Report on the cholera epidemic of
Year: 1868
Disease focus: Cholera
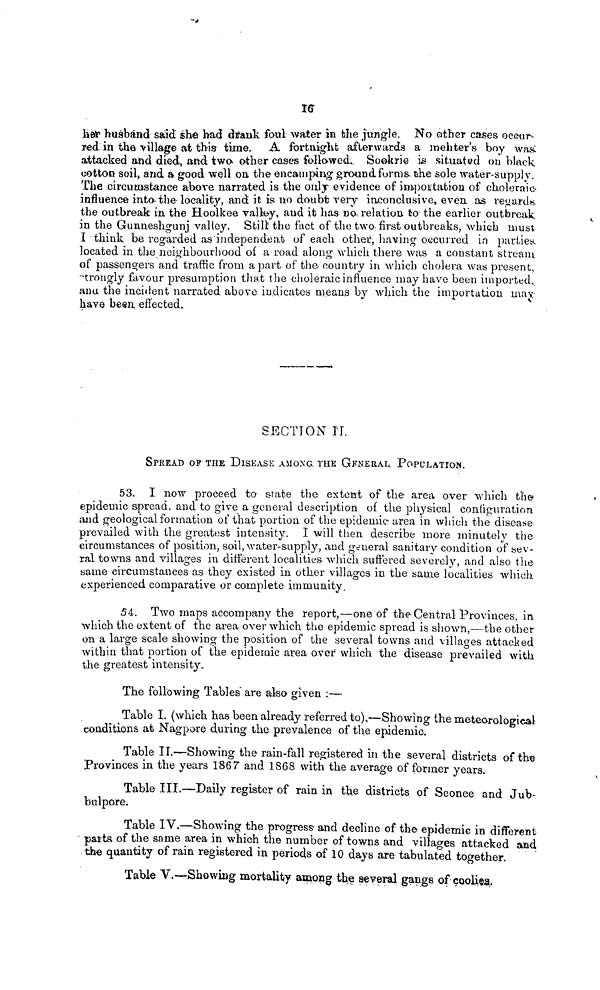
16
her husband said she had drank foul water in the jungle. No other cases ocemr-
red in the village at this time. A fortnight afterwards a melter's boy was
attacked and died, anf two other cases followed. Sookrie is situated on black
cotton, soil, and a good well on the encamping ground forms the sole water-supply.
The circumstance above narrated is the only evidence of importation of choleraic.
influence into the locality, and it is no doubt very inconclusive, even as regards
the outbreak in the Hoolkee valley, and it has no. relation to the earlier outbreak
in the Gunneshgunj valley. Stilt the fact of the two. first outbreaks, which must
I think be regarded as independent of each other, having occurred in parlies,
located in the neighbourhood of a road along which there was a constant stream
of passengers and traffic from a part of the country in which cholera was present,
strongly favour presumption that the choleraic influence may have been imported.
and the incident narrated above indicates means by which the importation may
have been effected.
SECTION II.
SPREAD OF THE DISEASE AMONG. THE GFNERAL population.
53. I now proceed to state the extent of the area over which the
epidemic spread, and to give a general description of the physical configuration
and geological formation of that portion of the epidemic area in which the disease
prevailed with the greatest intensity. I will then describe more minutely the
circumstances of position, soil, water-supply, and general sanitary condition of sev-
rai towns and villages in different localities which suffered severely, and also the
same circumstances as they existed in other villages in, the same localities which
experienced comparative or complete immunity.
54. Two maps accompany the report,—one of the Central Provinces, in
which the extent of the area over which the epidemic spread is shown,—the other
on a large scale showing the position of the several towns and villages attacked
within that portion of the epidemic area over which the disease prevailed with
the greatest intensity.
The following Tables are also given :—
Table I. (which has been already referred to),—Showing the meteorological
conditions at Nagpore during the prevalence of the epidemic.
Table II.—Showing the rain-fall registered in the several districts of the
Provinces in the years 1867 and 1868 with the average of former years.
Table III.—Daily register of rain in the districts of Sconce and Jub-
bulpore.
Table IV.—Showing the progress and decline of the epidemic in different
parts of the same area in which the number of towns and villages attacked and
the quantity of rain registered in periods of 10 days are tabulated together.
Table V.—Showing mortality among the several gangs of coolies.